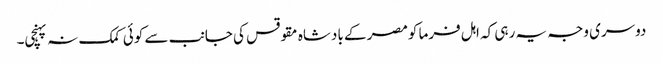
دوسری وجہ یہ رہی کہ اہل فرما کومصر کے بادشاہ مقوقس کی جانب سے کوئی کمک نہ پہنچی۔